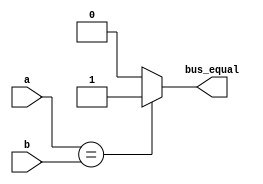
// This program was cloned from: https://github.com/NYU-MLDA/OpenABC
// License: BSD 3-Clause "New" or "Revised" License

module bus_compare_equal (a, b, bus_equal);
    parameter WIDTH = 8;
    parameter BHC = 10;

    input [WIDTH-1:0] a, b;
    output wire bus_equal;

    assign bus_equal = (a==b) ? 1'b1 : 1'b0;
endmodule